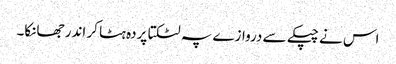
اس نے چپکے سے دروازے پہ لٹکتا پردہ ہٹا کر اندر جھانکا۔